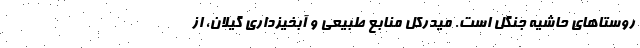
روستاهای حاشیه جنگل است. میدرکل منابع طبیعی و آبخیزداری گیلان، از